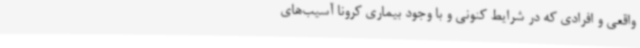
واقعی و افرادی که در شرایط کنونی و با وجود بیماری کرونا آسیب‌های